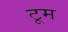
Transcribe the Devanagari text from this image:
टूम